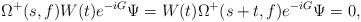
LaTeX: \begin{align*}\Omega^+(s,f)W(t)e^{-iG}\Psi=W(t)\Omega^+(s+t,f)e^{-iG}\Psi = 0,\end{align*}